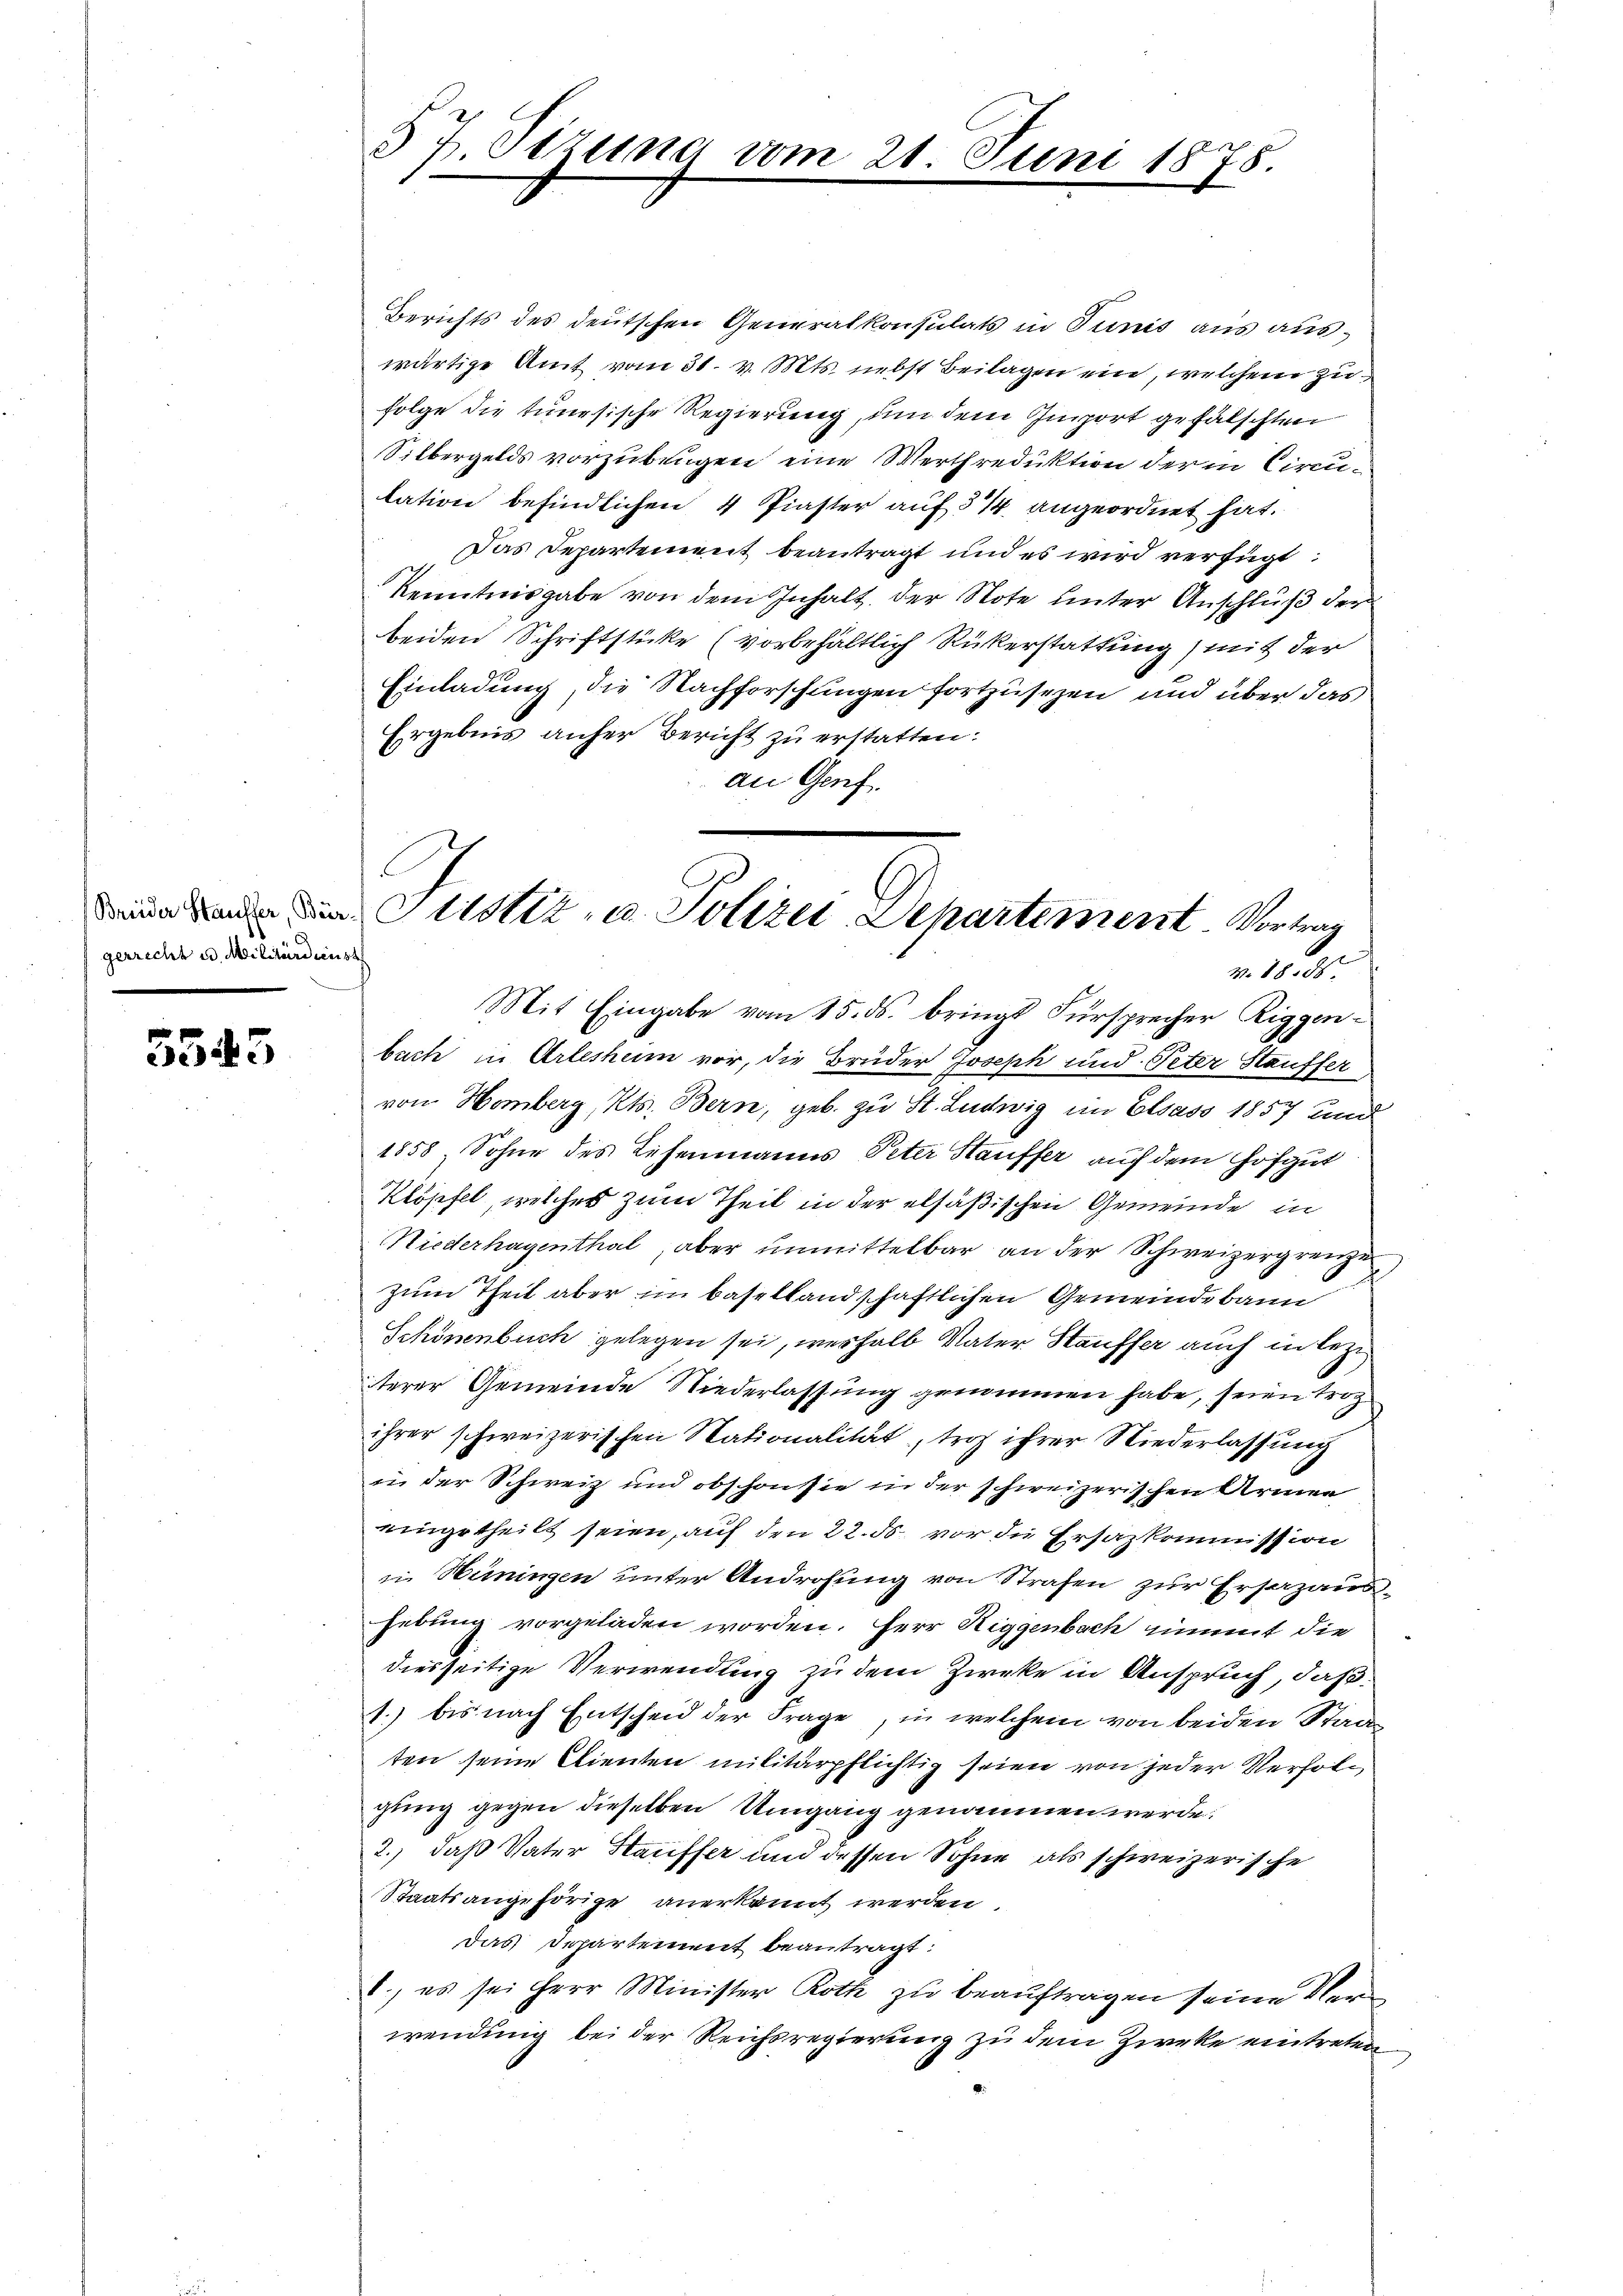
gerrecht u. Militärdienst

5545

§ 7. Sizung vom 21. Juni 1878

n den Sistiz- u. Polizei Departement. Vortrag
v. 18. 25.

Berichts des deutschen Generalkonsulats in Tunis aus auswärtige Amt vom 31. v. Mts. nebst Beilagen ein, welchem zufolge die tunesische Regierung, um dem Gmport gefälschten
Silbergelds vorzubeugen eine Werthreduktion der in Circulation befindlichen 4 Piaster auf 5/4 angeordnet hat.
Das Departement beantragt und es wird verfügt:
Kenntnisgabe von dem Inhalt der Note unter Anschluß der
beiden Schriftstücke (vorbehältlich Rükerstattung) mit der
Einladung, die Nachforschungen fortzusetzen und über das
Ergebnis anher Bericht zu erstatten:
an Genf.
Mit Eingabe vom 15. ds. bringt Fürsprecher Riggenbuch in Arlesheim vor, die Brüder Joseph und Peter Stauffer
von Homberg, Kts. Bern, geb. zu St. Ludwig im Elsass 1857 und
1858, Sohne des Lehenmanns Peter Stauffer auf dem Hofgut
Klöpfel, welches zum Theil in der elsäßischen Gemeinde in
Niederhagenthal, aber unmittelbar an der Schweizergrenze
Zum Theil aber im Basellandschaftlichen Gemeindebann
Schönenbuch gelegen sei, weshalb Vater Stauffer auch in lezt
terer Gemeinde Niederlassung genommen habe, seien Trog
ihrer schweizerischen Stationalität, tros ihrer Niederlassung
in der Schweiz und obschon sie in der schweizerischen Armen
eingetheilt seien, auf den 22. ds vor die Ersazkommission
in Hüningen unter Androhung von Strafen zur Ersazaushebung vorgeladen worden. Herr Riggenbach nimmt die
diesseitige Verwendung zu dem Zweke in Anspruch, daß
1. bis nach Entscheid der Frage, in welchem von beiden Staat
ten seine Clienten militärpflichtig seien von jeder Verholgung gegen dieselben Umgang genommen werde.
2.) daß Vater Stauffer und dessen Sohne als schweizerische
Staatsangehörige anerkannt werden.
Das Departement beantragt:
1.) es sei Herr Minister Roth zu beauftragen seine Verwendung bei der Reichsregierung zu dem Zirke eintreten